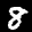
Label: 8